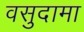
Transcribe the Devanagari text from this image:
वसुदामा